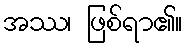
အဿ၊ ဖြစ်ရာ၏။